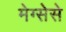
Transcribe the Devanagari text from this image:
मेग्सेसे